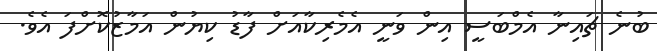
ބުނެ ޗައިނާ އެމްބަސީ އިން ވަނީ އެމެރިކާއަށް ފާޑު ކިޔުން އަމާޒުކޮށްފަ އެވެ.